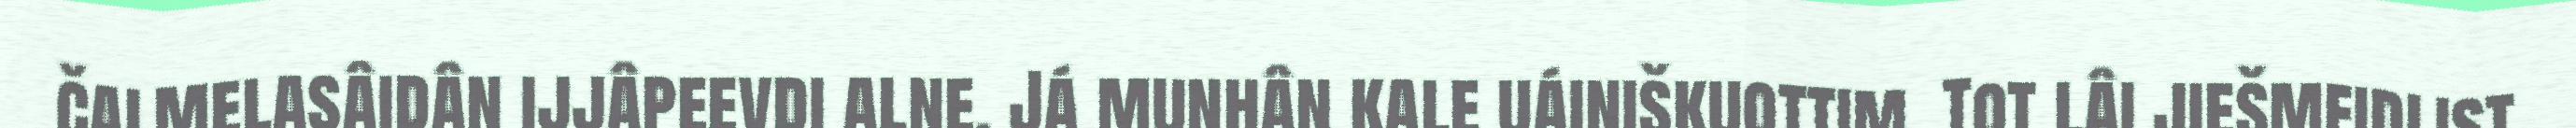
čalmelasâidân ijjâpeevdi alne. Já munhân kale uáiniškuottim. Tot lâi jiešmeidlist